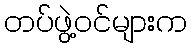
တပ်ဖွဲ့ဝင်များက